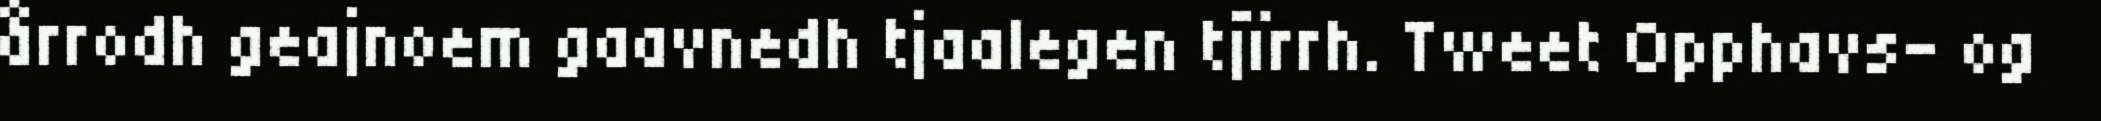
årrodh geajnoem gaavnedh tjaalegen tjïrrh. Tweet Opphavs- og